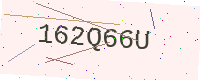
Text: 162Q66U